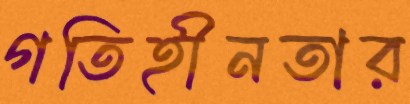
গতিহীনতার